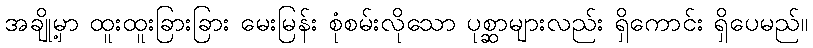
အချို့မှာ ထူးထူးခြားခြား မေးမြန်း စုံစမ်းလိုသော ပုစ္ဆာများလည်း ရှိကောင်း ရှိပေမည်။